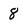
Character: 8